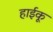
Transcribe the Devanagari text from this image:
हाईकू